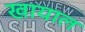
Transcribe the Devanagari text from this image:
खायाल